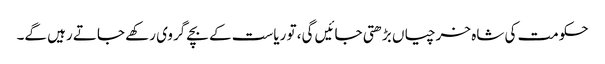
حکومت کی شاہ خرچیاں بڑھتی جائیں گی، تو ریاست کے بچے گروی رکھے جاتے رہیں گے۔